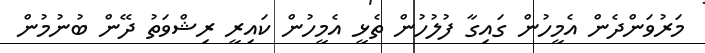
މަރުވަންދެން އެމީހުން ގައިގާ ފުލުހުން ތެޅީ އެމީހުން ކައިރީ ރިޝްވަތު ދޭން ބުނުމުން